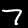
Digit: 7